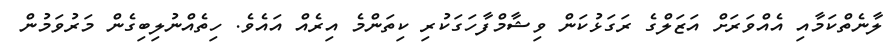
ލާނެތްކަމާއި އެއްވަރަށް އަޒަލްގެ ރަގަޅުކަން ވިޝާމްފާހަގަކުރި ކިތަންމެ އިރެއް އައެވެ. ހިތެއްނުލިބިގެން މަރުވަމުން